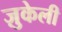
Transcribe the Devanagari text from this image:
ज़ुकेली